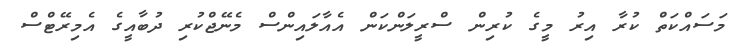
މަސައްކަތް ކުރާ އިރު މީގެ ކުރިން ސްރީލަންކަން އެއާލައިންސް މެނޭޖްކުރި ދުބާއީގެ އެމިރޭޓްސް